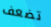
تضعف